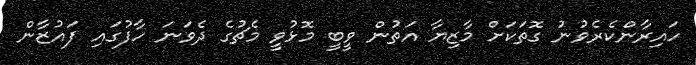
ހައިރާންކެރެވުނު ގޮތަކަށް މާޒިޔާ އަތުން ވީބީ މޮޅުވީ މެޗުގެ ދެވަނަ ހާފުގައި ފައުޒާން